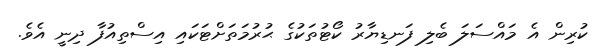
ކުރިން އެ މައްސަލަ ބެލި ފަނޑިޔާރު ކޯޓުތަކުގެ ޙުރުމަތަށްޓަކައި އިސްތިއުފާ ދިނީ އެވެ.